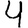
Digit: 4